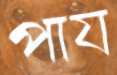
পায